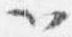
以